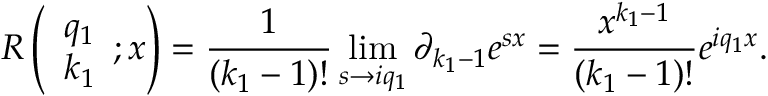
R \left( \begin{array} { l } { q _ { 1 } } \\ { k _ { 1 } } \end{array} ; x \right) = \frac { 1 } { ( k _ { 1 } - 1 ) ! } \operatorname* { l i m } _ { s \to i q _ { 1 } } \partial _ { k _ { 1 } - 1 } e ^ { s x } = \frac { x ^ { k _ { 1 } - 1 } } { ( k _ { 1 } - 1 ) ! } e ^ { i q _ { 1 } x } .